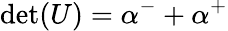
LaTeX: \operatorname*{det}(U)=\alpha^{-}+\alpha^{+}